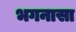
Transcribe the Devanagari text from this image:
भगनासा